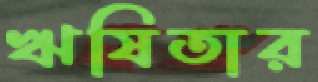
ঋষিতার